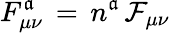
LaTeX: F_{\mu\nu}^{\mathfrak{a}}\, =\, n^{\mathfrak{a}}\, \mathcal{{F}}_{\mu\nu}